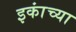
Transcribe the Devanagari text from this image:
इकांच्या